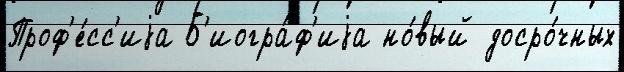
Проф'е́сс'иjа Б'иогра́ф'иjа но́вый досро́чных